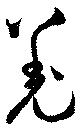
羌